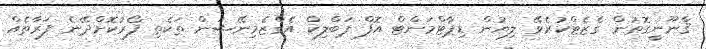
ޤާނޫނީގޮތުން ގެޒެޓްކުރެވޭ ލިޔުން ޑިޕާޓްމަންޓް އޮފް ޕަބްލިކް އެގްޒެމިނޭޝަން ތަކެތި ފޯރުކޮށްދޭނެ ފަރާތެއް